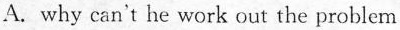
A.why can't he work out the problem